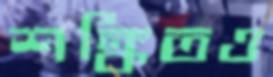
শঙ্কিতও